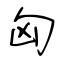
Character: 匈